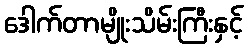
ဒေါက်တာမျိုးသိမ်းကြီးနှင့်